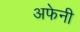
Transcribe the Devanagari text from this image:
अफेनी